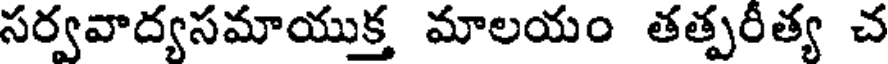
సర్వవాద్యసమాయుక్త మాలయం తత్పరీత్య చ